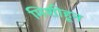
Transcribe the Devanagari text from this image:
मिशीहून